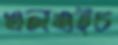
এলএইচ